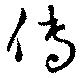
傳